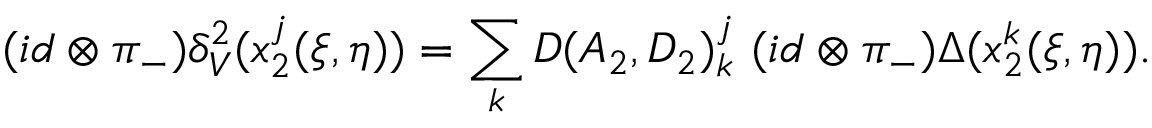
( i d \otimes \pi _ { - } ) \delta _ { V } ^ { 2 } ( x _ { 2 } ^ { j } ( \xi , \eta ) ) = \sum _ { k } { \cal D } ( A _ { 2 } , D _ { 2 } ) _ { k } ^ { j } \ ( i d \otimes \pi _ { - } ) \Delta ( x _ { 2 } ^ { k } ( \xi , \eta ) ) .